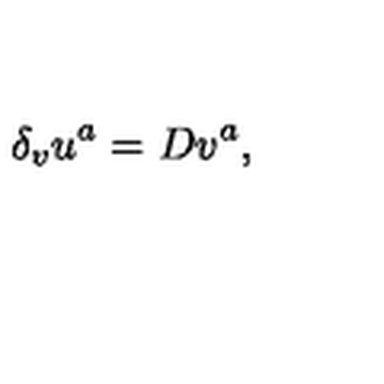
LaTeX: \delta _ { v } u ^ { a } = D v ^ { a } ,